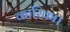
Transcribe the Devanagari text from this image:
कारिका।